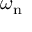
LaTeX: \omega _ { \mathrm { n } }